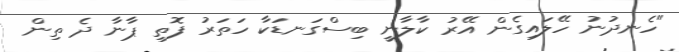
"ހެނދުނު ހޭލައިގެން އޭރު ކާލާނީ ބިސްގަނޑަކާ ހަތަރު ފޮތި ޕާނާ ދެ ތިން